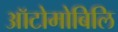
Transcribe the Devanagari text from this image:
ऑटोमोबिलि